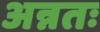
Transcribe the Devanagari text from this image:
अन्नतः